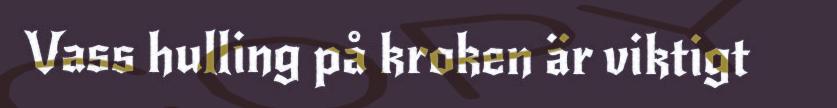
Vass hulling på kroken är viktigt